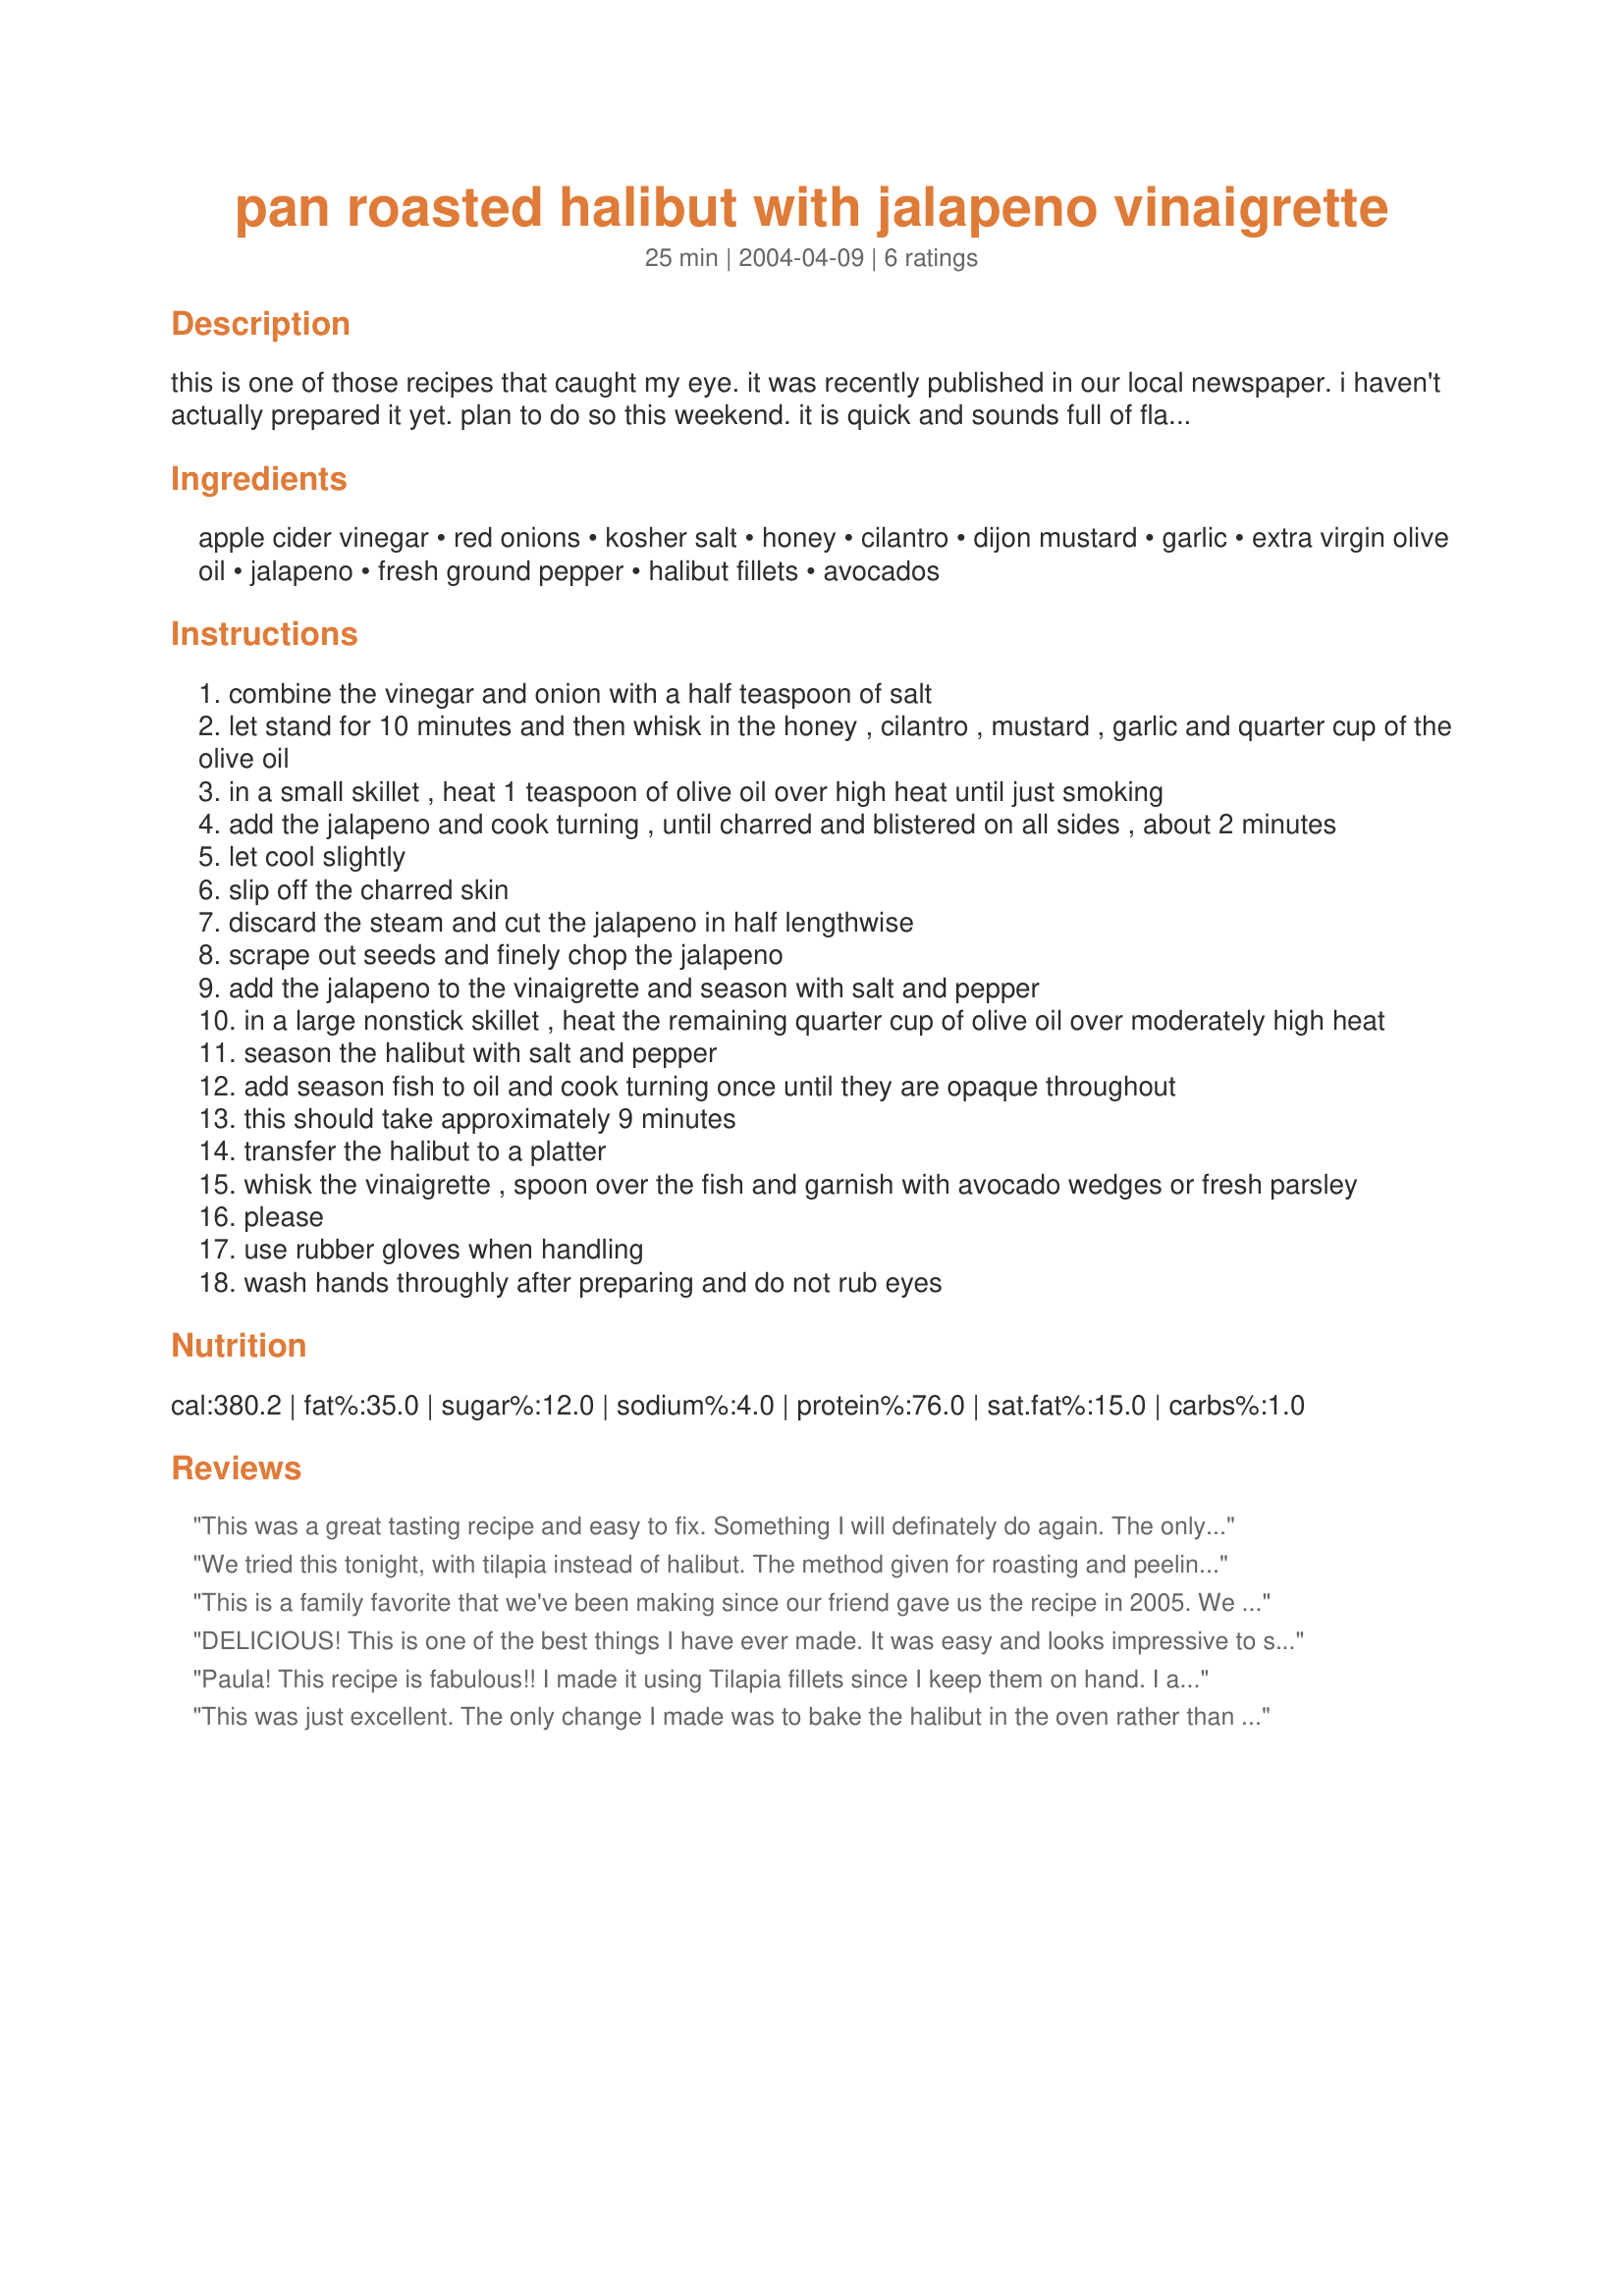
pan roasted halibut with jalapeno vinaigrette
Preparation time: 25 minutes

this is one of those recipes that caught my eye. it was recently published in our local newspaper. i haven't actually prepared it yet. plan to do so this weekend. it is quick and sounds full of flavor and spice.

Ingredients:
apple cider vinegar, red onions, kosher salt, honey, cilantro, dijon mustard, garlic, extra virgin olive oil, jalapeno, fresh ground pepper, halibut fillets, avocados

Steps:
combine the vinegar and onion with a half teaspoon of salt
let stand for 10 minutes and then whisk in the honey , cilantro , mustard , garlic and quarter cup of the olive oil
in a small skillet , heat 1 teaspoon of olive oil over high heat until just smoking
add the jalapeno and cook turning , until charred and blistered on all sides , about 2 minutes
let cool slightly
slip off the charred skin
discard the steam and cut the jalapeno in half lengthwise
scrape out seeds and finely chop the jalapeno
add the jalapeno to the vinaigrette and season with salt and pepper
in a large nonstick skillet , heat the remaining quarter cup of olive oil over moderately high heat
season the halibut with salt and pepper
add season fish to oil and cook turning once until they are opaque throughout
this should take approximately 9 minutes
transfer the halibut to a platter
whisk the vinaigrette , spoon over the fish and garnish with avocado wedges or fresh parsley
please
use rubber gloves when handling
wash hands throughly after preparing and do not rub eyes

Reviews:
This was a great tasting recipe and easy to fix. Something I will definately do again. The only thing I did different was to put the jalapeno in a small plastic bag after charring it. This steamed the pepper and made it easier for the skin to fall off.
We tried this tonight, with tilapia instead of halibut. The method given for roasting and peeling the jalapeno is much easier than how I'm used to doing it, and I believe the resulting vinaigrette is quite tasty enough for use in a salad.
This is a family favorite that we've been making since our friend gave us the recipe in 2005.
We leave the jalapeno raw and just fine chop it after removing the inside seeds and pith. We serve the fish and vinaigrette (which we double) over salad mix with torn watercress and avocado.
We tried it with thin Dover sole fillets and it worked, but it wasn't nearly as good as halibut!
One of our favorites - so I'm happy that someone has posted it on Zaar.
DELICIOUS! This is one of the best things I have ever made. It was easy and looks impressive to serve. I used talapia and followed the previous review's recommendation of 3 minutes per side. It was perfect. I only used 2 Tbsp of olive oil in the vinigrette and it was plenty. Thanks for a great recipe!! I am excited to make it again.
Paula! This recipe is fabulous!! I made it using Tilapia fillets since I keep them on hand. I adjusted the cooking time to 3 minutes each side because Tilapia is so thin. The vinaigrette is wonderfully spicey, but not hot. Just perfect with a mild flavored fish. My dh loved this so much he has requested we have this often. He even thinks we should try the vinaigrette with some boiled shrimp. Thanks so much for posting this recipe and giving us a yummy way to add more fish to our diet. :)
This was just excellent. The only change I made was to bake the halibut in the oven rather than pan fry it. I should think this vinaigrette would be great over many kinds of fish. We loved it.
